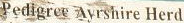
Pedigree Avrshire Herd